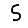
Digit: 5